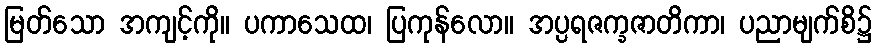
မြတ်သော အကျင့်ကို။ ပကာသေထ၊ ပြကုန်လော။ အပ္ပရဇက္ခဇာတိကာ၊ ပညာမျက်စိ၌